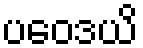
ပဝေဒယိ